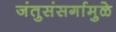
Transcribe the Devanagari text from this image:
जंतुसंसर्गामुळे